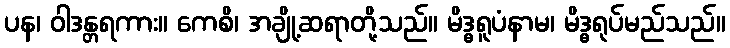
ပန၊ ဝါဒန္တရကား။ ကေစိ၊ အချို့ဆရာတို့သည်။ မိဒ္ဓရူပံနာမ၊ မိဒ္ဓရုပ်မည်သည်။